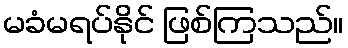
မခံမရပ်နိုင် ဖြစ်ကြသည်။